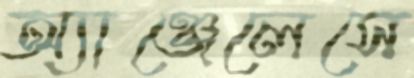
অ্যাঞ্জেলেসে